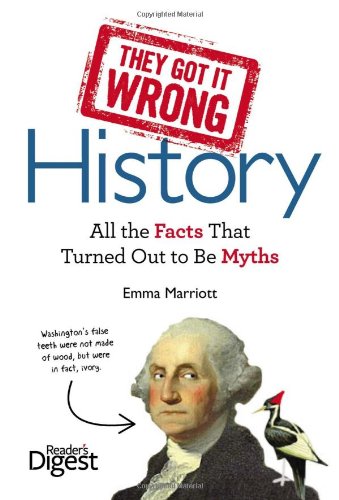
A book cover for They Got It Wrong: History: All the Facts that Turned Out to be Myths; Emma Marriott; History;